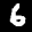
Label: 6